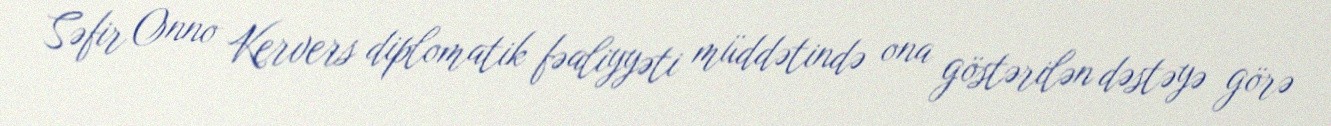
Səfir Onno Kervers diplomatik fəaliyyəti müddətində ona göstərilən dəstəyə görə